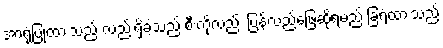
အာရုံပြုထားသည် လည်းရှိခဲ့သည် စီးကိုလည်း ပြန်လည်ဖြေဆိုရမည် ခြံရံထားသည့်